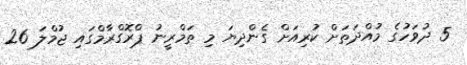
5 ދުވަހުގެ މުއްދަތަށް ކުރިއަށް ގެންދިޔަ މި ތަމްރީނު ޕްރޮގްރާމްގައި ޖުމްލަ 26